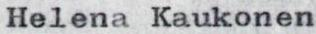
Helena Kaukonen